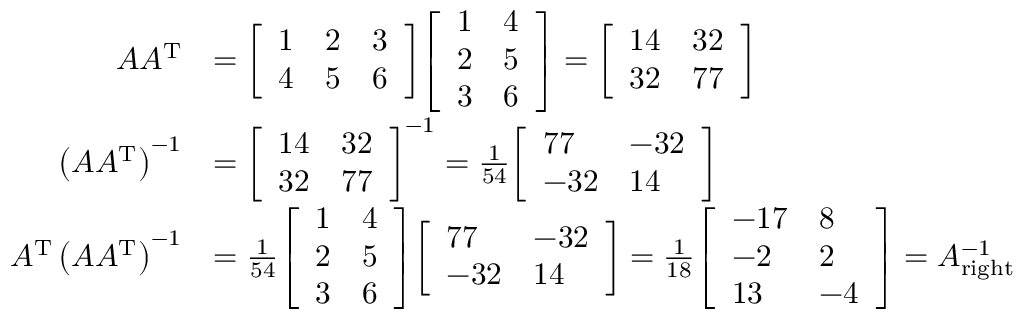
{ \begin{array} { r l } { A A ^ { \mathrm { T } } } & { = { \left[ \begin{array} { l l l } { 1 } & { 2 } & { 3 } \\ { 4 } & { 5 } & { 6 } \end{array} \right] } { \left[ \begin{array} { l l } { 1 } & { 4 } \\ { 2 } & { 5 } \\ { 3 } & { 6 } \end{array} \right] } = { \left[ \begin{array} { l l } { 1 4 } & { 3 2 } \\ { 3 2 } & { 7 7 } \end{array} \right] } } \\ { \left( A A ^ { \mathrm { T } } \right) ^ { - 1 } } & { = { \left[ \begin{array} { l l } { 1 4 } & { 3 2 } \\ { 3 2 } & { 7 7 } \end{array} \right] } ^ { - 1 } = { \frac { 1 } { 5 4 } } { \left[ \begin{array} { l l } { 7 7 } & { - 3 2 } \\ { - 3 2 } & { 1 4 } \end{array} \right] } } \\ { A ^ { \mathrm { T } } \left( A A ^ { \mathrm { T } } \right) ^ { - 1 } } & { = { \frac { 1 } { 5 4 } } { \left[ \begin{array} { l l } { 1 } & { 4 } \\ { 2 } & { 5 } \\ { 3 } & { 6 } \end{array} \right] } { \left[ \begin{array} { l l } { 7 7 } & { - 3 2 } \\ { - 3 2 } & { 1 4 } \end{array} \right] } = { \frac { 1 } { 1 8 } } { \left[ \begin{array} { l l } { - 1 7 } & { 8 } \\ { - 2 } & { 2 } \\ { 1 3 } & { - 4 } \end{array} \right] } = A _ { \mathrm { r i g h t } } ^ { - 1 } } \end{array} }